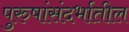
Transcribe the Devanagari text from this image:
पुरुषांसंदर्भातील